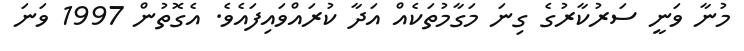
މުނާ ވަނީ ސަރުކާރުގެ ގިނަ މަގާމުތަކެއް އަދާ ކުރައްވައިފައެވެ. އެގޮތުން 1997 ވަނަ